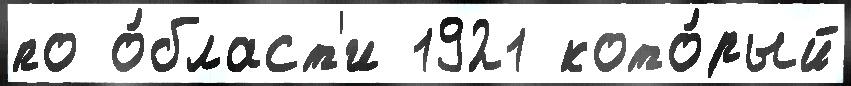
по о́бласт'и 1921 кото́рый